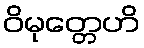
ဝိမုတ္တေဟိ